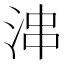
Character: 𱦝